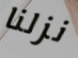
نزلنا